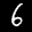
Label: 6